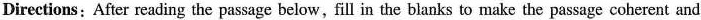
Directions: After reading the passage below, fill in the blanks to make the passage coherent and